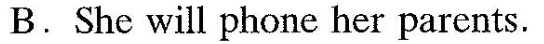
B.She will phone her parents.